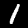
Label: 1